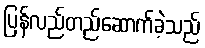
ပြန်လည်တည်ဆောက်ခဲ့သည်